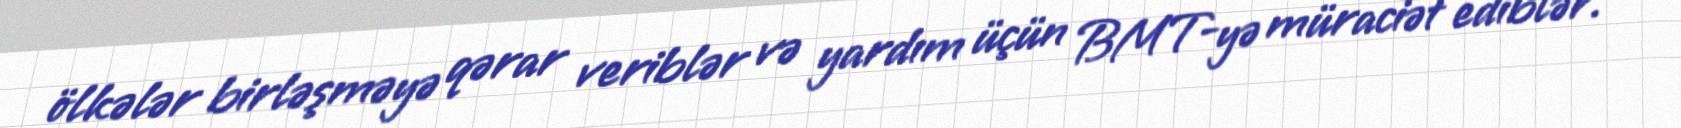
ölkələr birləşməyə qərar veriblər və yardım üçün BMT-yə müraciət ediblər.